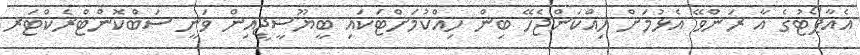
އެއާޕޯޓުގެ އާ ރަންވޭ އެޅުމަށް ހިއްކަންޖެހޭ ބިން ހިއްކުމަށްޓަކައި ބީޔޫސީޖީއިން ވަނީ ސަބްކޮންޓްރެކްޓަރ